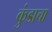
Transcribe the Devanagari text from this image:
कुंडाचा